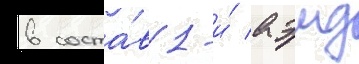
в соста́в 1-и́ аэмд